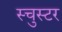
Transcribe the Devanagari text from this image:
स्चुस्टर